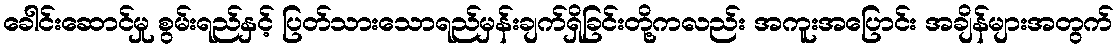
ခေါင်းဆောင်မှု စွမ်းရည်နှင့် ပြတ်သားသောရည်မှန်းချက်ရှိခြင်းတို့ကလည်း အကူးအပြောင်း အချိန်များအတွက်